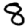
Digit: 8